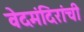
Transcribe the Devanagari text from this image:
वेदमंदिरांची